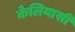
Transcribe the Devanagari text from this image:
केलियासी